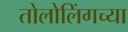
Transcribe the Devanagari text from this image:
तोलोलिंगच्या